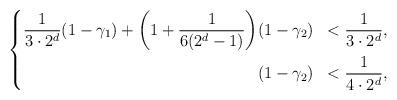
LaTeX: \begin{align*}\left\{\begin{aligned}\frac{1}{3 \cdot 2^d} (1-\gamma_1) + \bigg(1+\frac{1}{6(2^d-1)}\bigg) &(1- \gamma_2)&< \frac{1}{3 \cdot 2^d}, \\&(1-\gamma_2) &< \frac{1}{4\cdot 2^d},\end{aligned}\right.\end{align*}